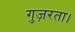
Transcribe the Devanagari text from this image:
गुज़रता।